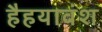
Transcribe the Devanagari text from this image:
हैहयावंश